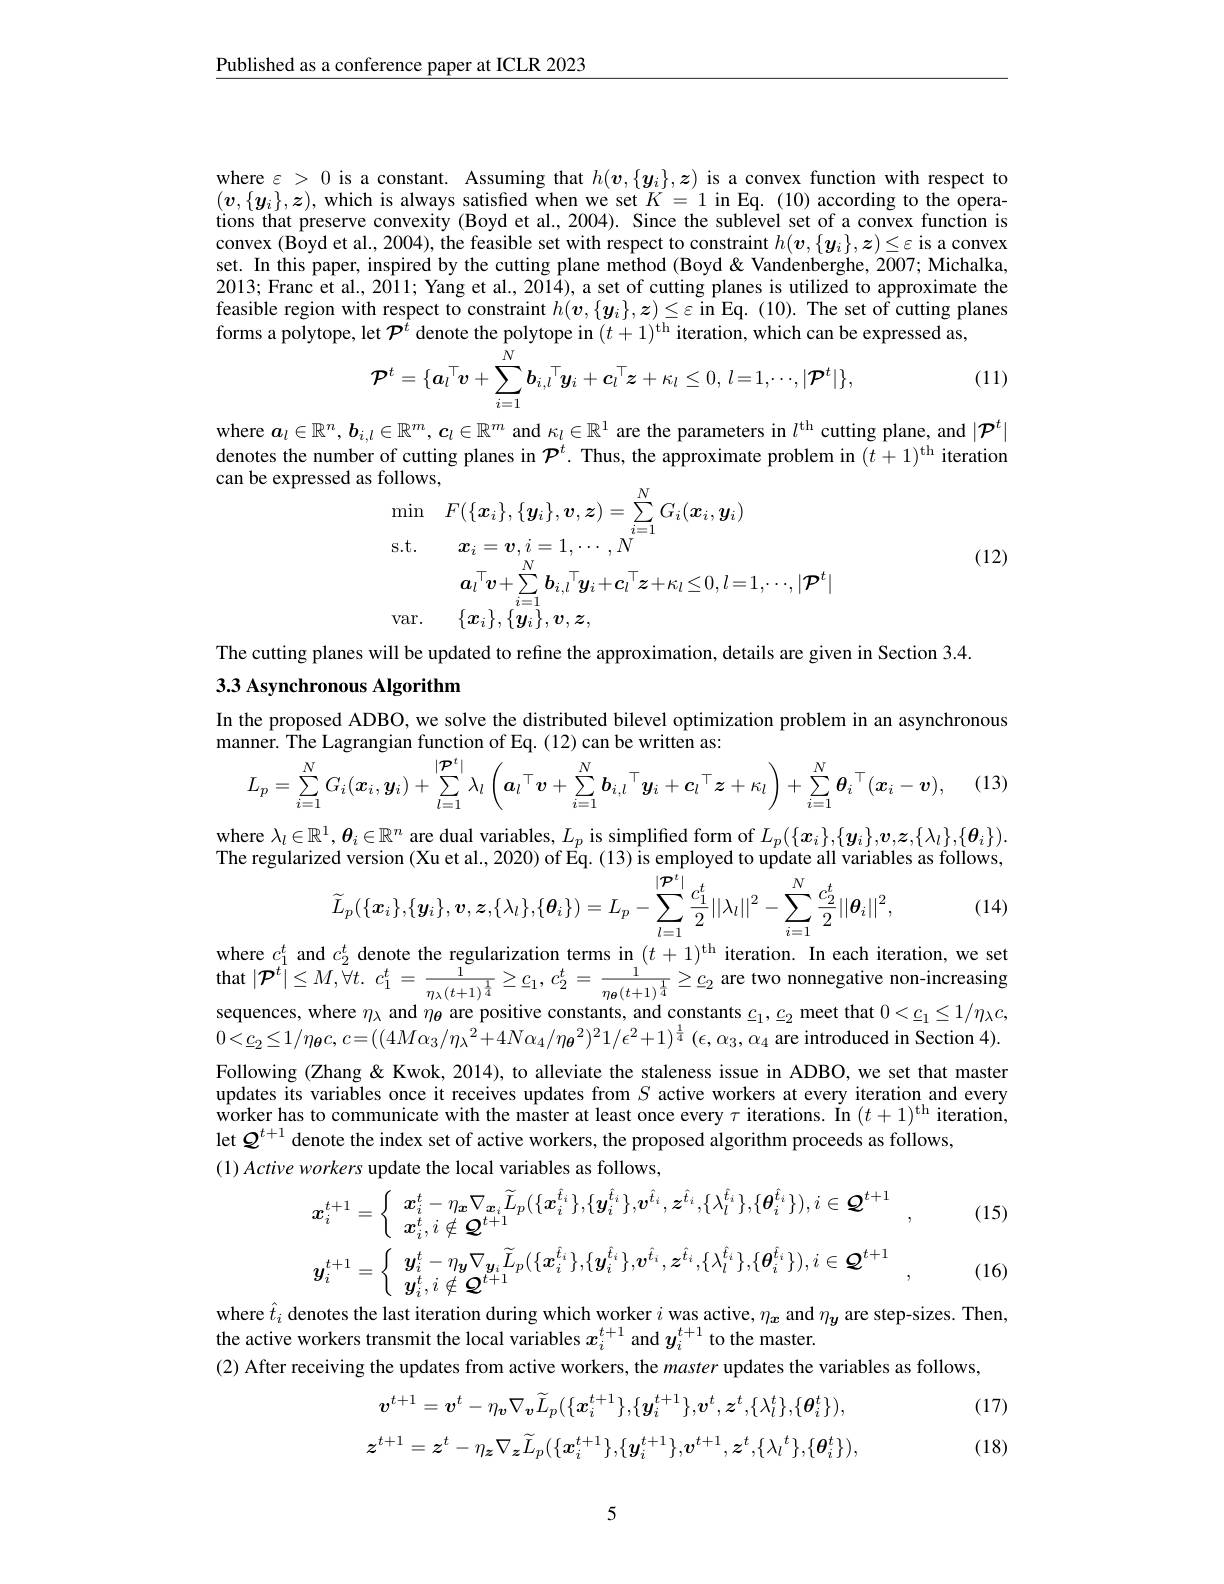
Published as a conference paper at ICLR 2023

where $\varepsilon>0$ is a constant. Assuming that $h(\boldsymbol{v},\{\boldsymbol{y}_i\},\boldsymbol{z})$ is a convex function with respect to $(\boldsymbol{v},\{\boldsymbol{y}_i\},\boldsymbol{z})$, which is always satisfied when we set $K=1$ in Eq. (10) according to the operations that preserve convexity (Boyd et al., 2004). Since the sublevel set of a convex function is convex ( Boyd et al. , 2004) , the feasible set with respect to constraint $h( \boldsymbol{v}, \{ \boldsymbol{y}_{i}\} , \boldsymbol{z}) \leq \varepsilon$ is a convex set. In this paper, inspired by the cutting plane method ( Boyd < Vandenberghe, 2007; Michalka, Set. In this paper, inspired by the c 2013; Franc et al., 2011; Yang et al., 2014), a set of cutting planes is utilized to approximate the feasible region with respect to constraint $h( \boldsymbol{v}, \{ \boldsymbol{y}_{i}\} , \boldsymbol{z}) \leq \varepsilon$ $\hat{\mathrm{in~Eq. ~( 10) . ~The~set~of~cutting~planes}}$ forms a polytope, let $\mathcal{P} ^{t}$ denote the polytope in$( t+ 1) ^{\mathrm{th~iteration, ~which~can~be~expressed~as, }}$
$$\text{ict' acnotc unc polytopc m (t 1) ncration, wncn can bc}\\\mathcal{P}^{t}=\{\boldsymbol{a}_{l}^{\top}\boldsymbol{v}+\sum_{i=1}^{N}\boldsymbol{b}_{i,l}^{\top}\boldsymbol{y}_{i}+\boldsymbol{c}_{l}^{\top}\boldsymbol{z}+\kappa_{l}\leq0,\:l=1,\cdots,|\mathcal{P}^{t}|\},$$
(11)

where $\boldsymbol{a}_l\in\mathbb{R}^n,\boldsymbol{b}_{i,l}\in\mathbb{R}^m,\boldsymbol{c}_l\in\mathbb{R}^m$ and $\kappa_l\in\mathbb{R}^1$ are the parameters in $l^\text{th cutting plane, and }|\mathcal{P}^t|$ denotes the number of cutting planes in $\mathcal{P}^t.$ Thus, the approximate problem in $(t+1)^\mathrm{th}$ iteration can be expressed as follows,
$$\begin{aligned}&\mathrm{follows,}\\&\operatorname*{min}\quad F(\{\boldsymbol{x}_{i}\},\{\boldsymbol{y}_{i}\},\boldsymbol{v},\boldsymbol{z})=\sum_{i=1}^{N}G_{i}(\boldsymbol{x}_{i},\boldsymbol{y}_{i})\\&\mathrm{s.t.}\quad\boldsymbol{x}_{i}=\boldsymbol{v},i=1,\cdots,N\\&\boldsymbol{a}_{l}{}^{\top}\boldsymbol{v}+\sum_{i=1}^{N}\boldsymbol{b}_{i,l}{}^{\top}\boldsymbol{y}_{i}+\boldsymbol{c}_{l}{}^{\top}\boldsymbol{z}+\kappa_{l}\leq0,l=1,\cdots,|\boldsymbol{P}^{t}|\\&\mathrm{var.}\quad\{\boldsymbol{x}_{i}\},\{\boldsymbol{y}_{i}\},\boldsymbol{v},\boldsymbol{z},\end{aligned}$$
(12)

The cutting planes will be updated to refine the approximation, details are given in Section 3.4.
3.3 Asynchronous Algorithm

In the proposed ADBO, we solve the distributed bilevel optimization problem in an asynchronous
$\hat{\text{manner. The Lagrangian function of Eq.(12)can be written as:}}$
$$L_{p}=\sum_{i=1}^{N}G_{i}(\boldsymbol{x}_{i},\boldsymbol{y}_{i})+\sum_{l=1}^{|\boldsymbol{P}^{t}|}\lambda_{l}\left(\boldsymbol{a}_{l}^{\top}\boldsymbol{v}+\sum_{i=1}^{N}\boldsymbol{b}_{i,l}^{\top}\boldsymbol{y}_{i}+\boldsymbol{c}_{l}^{\top}\boldsymbol{z}+\kappa_{l}\right)+\sum_{i=1}^{N}\boldsymbol{\theta}_{i}^{\top}(\boldsymbol{x}_{i}-\boldsymbol{v}),$$
(13)

where $\lambda_l\in\mathbb{R}^1,\boldsymbol{\theta}_i\in\mathbb{R}^n$ are dual variables, $L_p$ is simplified form of $L_p(\{\boldsymbol{x}_i\},\{\boldsymbol{y}_i\},\boldsymbol{v},\boldsymbol{z},\{\lambda_l\},\{\boldsymbol{\theta}_i\}).$ The regularized version (Xu et al., 2020) of $\overset{\mathrm{f}}{\operatorname*{Eq.}}(13)\overset{\mathrm{i}}{\operatorname*{\text{isemployed toupdate all variables as follows,}}}$
$$\widetilde{L}_{p}(\{\boldsymbol{x}_{i}\},\{\boldsymbol{y}_{i}\},\boldsymbol{v},\boldsymbol{z},\{\lambda_{l}\},\{\boldsymbol{\theta}_{i}\})=L_{p}-\sum_{l=1}^{|\mathcal{P}^{t}|}\frac{c_{1}^{t}|}{2}||\lambda_{l}||^{2}-\sum_{i=1}^{N}\frac{c_{2}^{t}}{2}||\boldsymbol{\theta}_{i}||^{2},$$
(14)

where $c_1^t$ and $c_2^t$ denote the regularization terms in $(t+1)^\mathrm{th}$ iteration. In each iteration, we set that $| \mathcal{P} ^{t}| \leq M, \tilde{\forall } t.$ $c_{1}^{t}= \frac 1{n_{\lambda }( t+ 1) ^{\frac 14}}\geq \underline {c}_{1}$, $c_{2}^{t}= \frac 1{n_{\theta }( t+ 1) ^{\frac 14}}\geq \underline {c}_{2}$ are two nonnegative non-increasing sequences, where $\eta_\lambda$ and $\eta_{\theta}$ are positive constants, and constants $\underline c_1,\underline{c}_2$ meet that $0<\underline{c}_1\leq1/\eta_\lambda c$, $0< \underline {c}_{2}\leq 1/ \eta _{\boldsymbol{\theta }}c, c= ( ( 4M\alpha _{3}/ \eta _{\lambda }^{2}+ 4N\alpha _{4}/ \eta _{\boldsymbol{\theta }}^{2}) ^{2}1/ \epsilon ^{2}+ 1) ^{\frac 14}$ $( \epsilon , \alpha _{3}, \alpha _{4}$ are introduced in Section 4). Following (Zhang & Kwok, 2014), to alleviate the staleness issue in ADBO, we set that master updates its variables once it receives updates from $S$ active workers at every iteration and every $\hat{\text{worker has to communicate with the master at least once every }\tau}$ iterations. $\tilde{\mathrm{In~}}(t+1)^{\mathrm{th~iteration}}$, let $Q^{t+1}$ denote the index set of active workers, the proposed algorithm proceeds as follows,
$( 1) \textit{Active workers update the local variables as follows, }$

(15)
$$\left.\begin{aligned}&\boldsymbol{x}_{i}^{t+1}=\left\{\begin{array}{ll}{{\boldsymbol{x}_{i}^{t}-\eta_{\boldsymbol{x}}\nabla_{\boldsymbol{x}_{i}}\widetilde{L}_{p}(\{\boldsymbol{x}_{i}^{\hat{t}_{i}}\},\{\boldsymbol{y}_{i}^{\hat{t}_{i}}\},\boldsymbol{v}^{\hat{t}_{i}},\boldsymbol{z}^{\hat{t}_{i}},\{\lambda_{l}^{\hat{t}_{i}}\},\{\boldsymbol{\theta}_{i}^{\hat{t}_{i}}\}),i\in\boldsymbol{Q}^{t+1}}\\{{\boldsymbol{x}_{i}^{t},i\notin\boldsymbol{Q}^{t+1}}}&{,}\\{{\boldsymbol{y}_{i}^{t+1}=\left\{\begin{array}{ll}{{\boldsymbol{y}_{i}^{t}-\eta_{\boldsymbol{y}}\nabla_{\boldsymbol{y}_{i}}\widetilde{L}_{p}(\{\boldsymbol{x}_{i}^{\hat{t}_{i}}\},\{\boldsymbol{y}_{i}^{\hat{t}_{i}}\},\boldsymbol{v}^{\hat{t}_{i}},\boldsymbol{z}^{\hat{t}_{i}},\{\lambda_{l}^{\hat{t}_{i}}\},\{\boldsymbol{\theta}_{i}^{\hat{t}_{i}}\}),i\in\boldsymbol{Q}^{t+1}}\\{{\boldsymbol{y}_{i}^{t},i\notin\boldsymbol{Q}^{t+1}}\end{array}}\\{{\boldsymbol{y}_{i}^{t+1}=\left\{\begin{array}{ll}{{\boldsymbol{y}_{i}^{t}-\eta_{\boldsymbol{y}_{i}}\nabla_{\boldsymbol{y}_{i}}\widetilde{L}_{p}(\{\boldsymbol{x}_{i}^{\hat{t}_{i}}\},\{\boldsymbol{y}_{i}^{\hat{t}_{i}}\},\boldsymbol{v}^{\hat{t}_{i}},\boldsymbol{z}^{\hat{t}_{i}},\{\lambda_{l}^{\hat{t}_{i}}\},\{\boldsymbol{\theta}_{i}^{\hat{t}_{i}}\}),i\in\boldsymbol{Q}^{t+1}}\\{{\boldsymbol{y}_{i}^{t},i\notin\boldsymbol{Q}^{t+1}}\end{array}}}\\{{\boldsymbol{y}_{i}^{t+1}=\left\{\begin{array}{ll}{{\boldsymbol{y}_{i}^{t}-\eta_{\boldsymbol{y}_{i}}\nabla_{\boldsymbol{y}_{i}}\widetilde{L}_{p}(\{\boldsymbol{x}_{i}^{\hat{t}_{i}}\},\{\boldsymbol{y}_{i}^{\hat{t}_{i}}\},\boldsymbol{v}^{\hat{t}_{i}},\boldsymbol{z}^{\hat{t}_{i}},\{\lambda_{l}^{\hat{t}_{i}}\},\{\boldsymbol{\theta}_{i}^{\hat{t}_{i}}\}),i\in\boldsymbol{Q}^{t+1}}\\{{\boldsymbol{y}_{i}^{t},i\notin\boldsymbol{Q}^{t+1}}\end{array}}}\\{{\boldsymbol{y}_{i}^{t+1}=\left\{\begin{array}{ll}{{\boldsymbol{y}_{i}^{t}-\eta_{\boldsymbol{y}_{i}}\nabla_{\boldsymbol{y}_{i}}\widetilde{L}_{p}(\{\boldsymbol{x}_{i}^$$
(16)

where $\hat{t}_i$ denotes the last iteration during which worker $i$ was active, $\eta_x$ and $\eta_y$ are step-sizes. Then,
the active workers transmit the local variables $x_i^{t+1}$ and $y_i^{t+1}$ to the master.
(2) After receiving the updates from active workers, the master updates the variables as follows,

(17)
$$\boldsymbol{v}^{t+1}=\boldsymbol{v}^t-\eta_\boldsymbol{v}\nabla_\boldsymbol{v}\widetilde{L}_p(\{\boldsymbol{x}_i^{t+1}\},\{\boldsymbol{y}_i^{t+1}\},\boldsymbol{v}^t,\boldsymbol{z}^t,\{\lambda_l^t\},\{\boldsymbol{\theta}_i^t\}),$$
$$z^{t+1}=\boldsymbol{z}^{t}-\eta_{\boldsymbol{z}}\nabla_{\boldsymbol{z}}\widetilde{L}_{p}(\{\boldsymbol{x}_{i}^{t+1}\},\{\boldsymbol{y}_{i}^{t+1}\},\boldsymbol{v}^{t+1},\boldsymbol{z}^{t},\{\lambda_{l}^{t}\},\{\boldsymbol{\theta}_{i}^{t}\}),$$
(18)

5